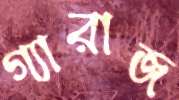
গ্যারাজ